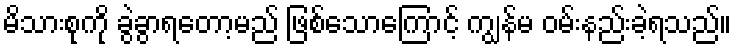
မိသားစုကို ခွဲခွာရတော့မည် ဖြစ်သောကြောင့် ကျွန်မ ဝမ်းနည်းခဲ့ရသည်။